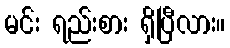
မင်း ရည်းစား ရှိပြီလား။